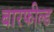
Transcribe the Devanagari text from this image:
बारफील्ड